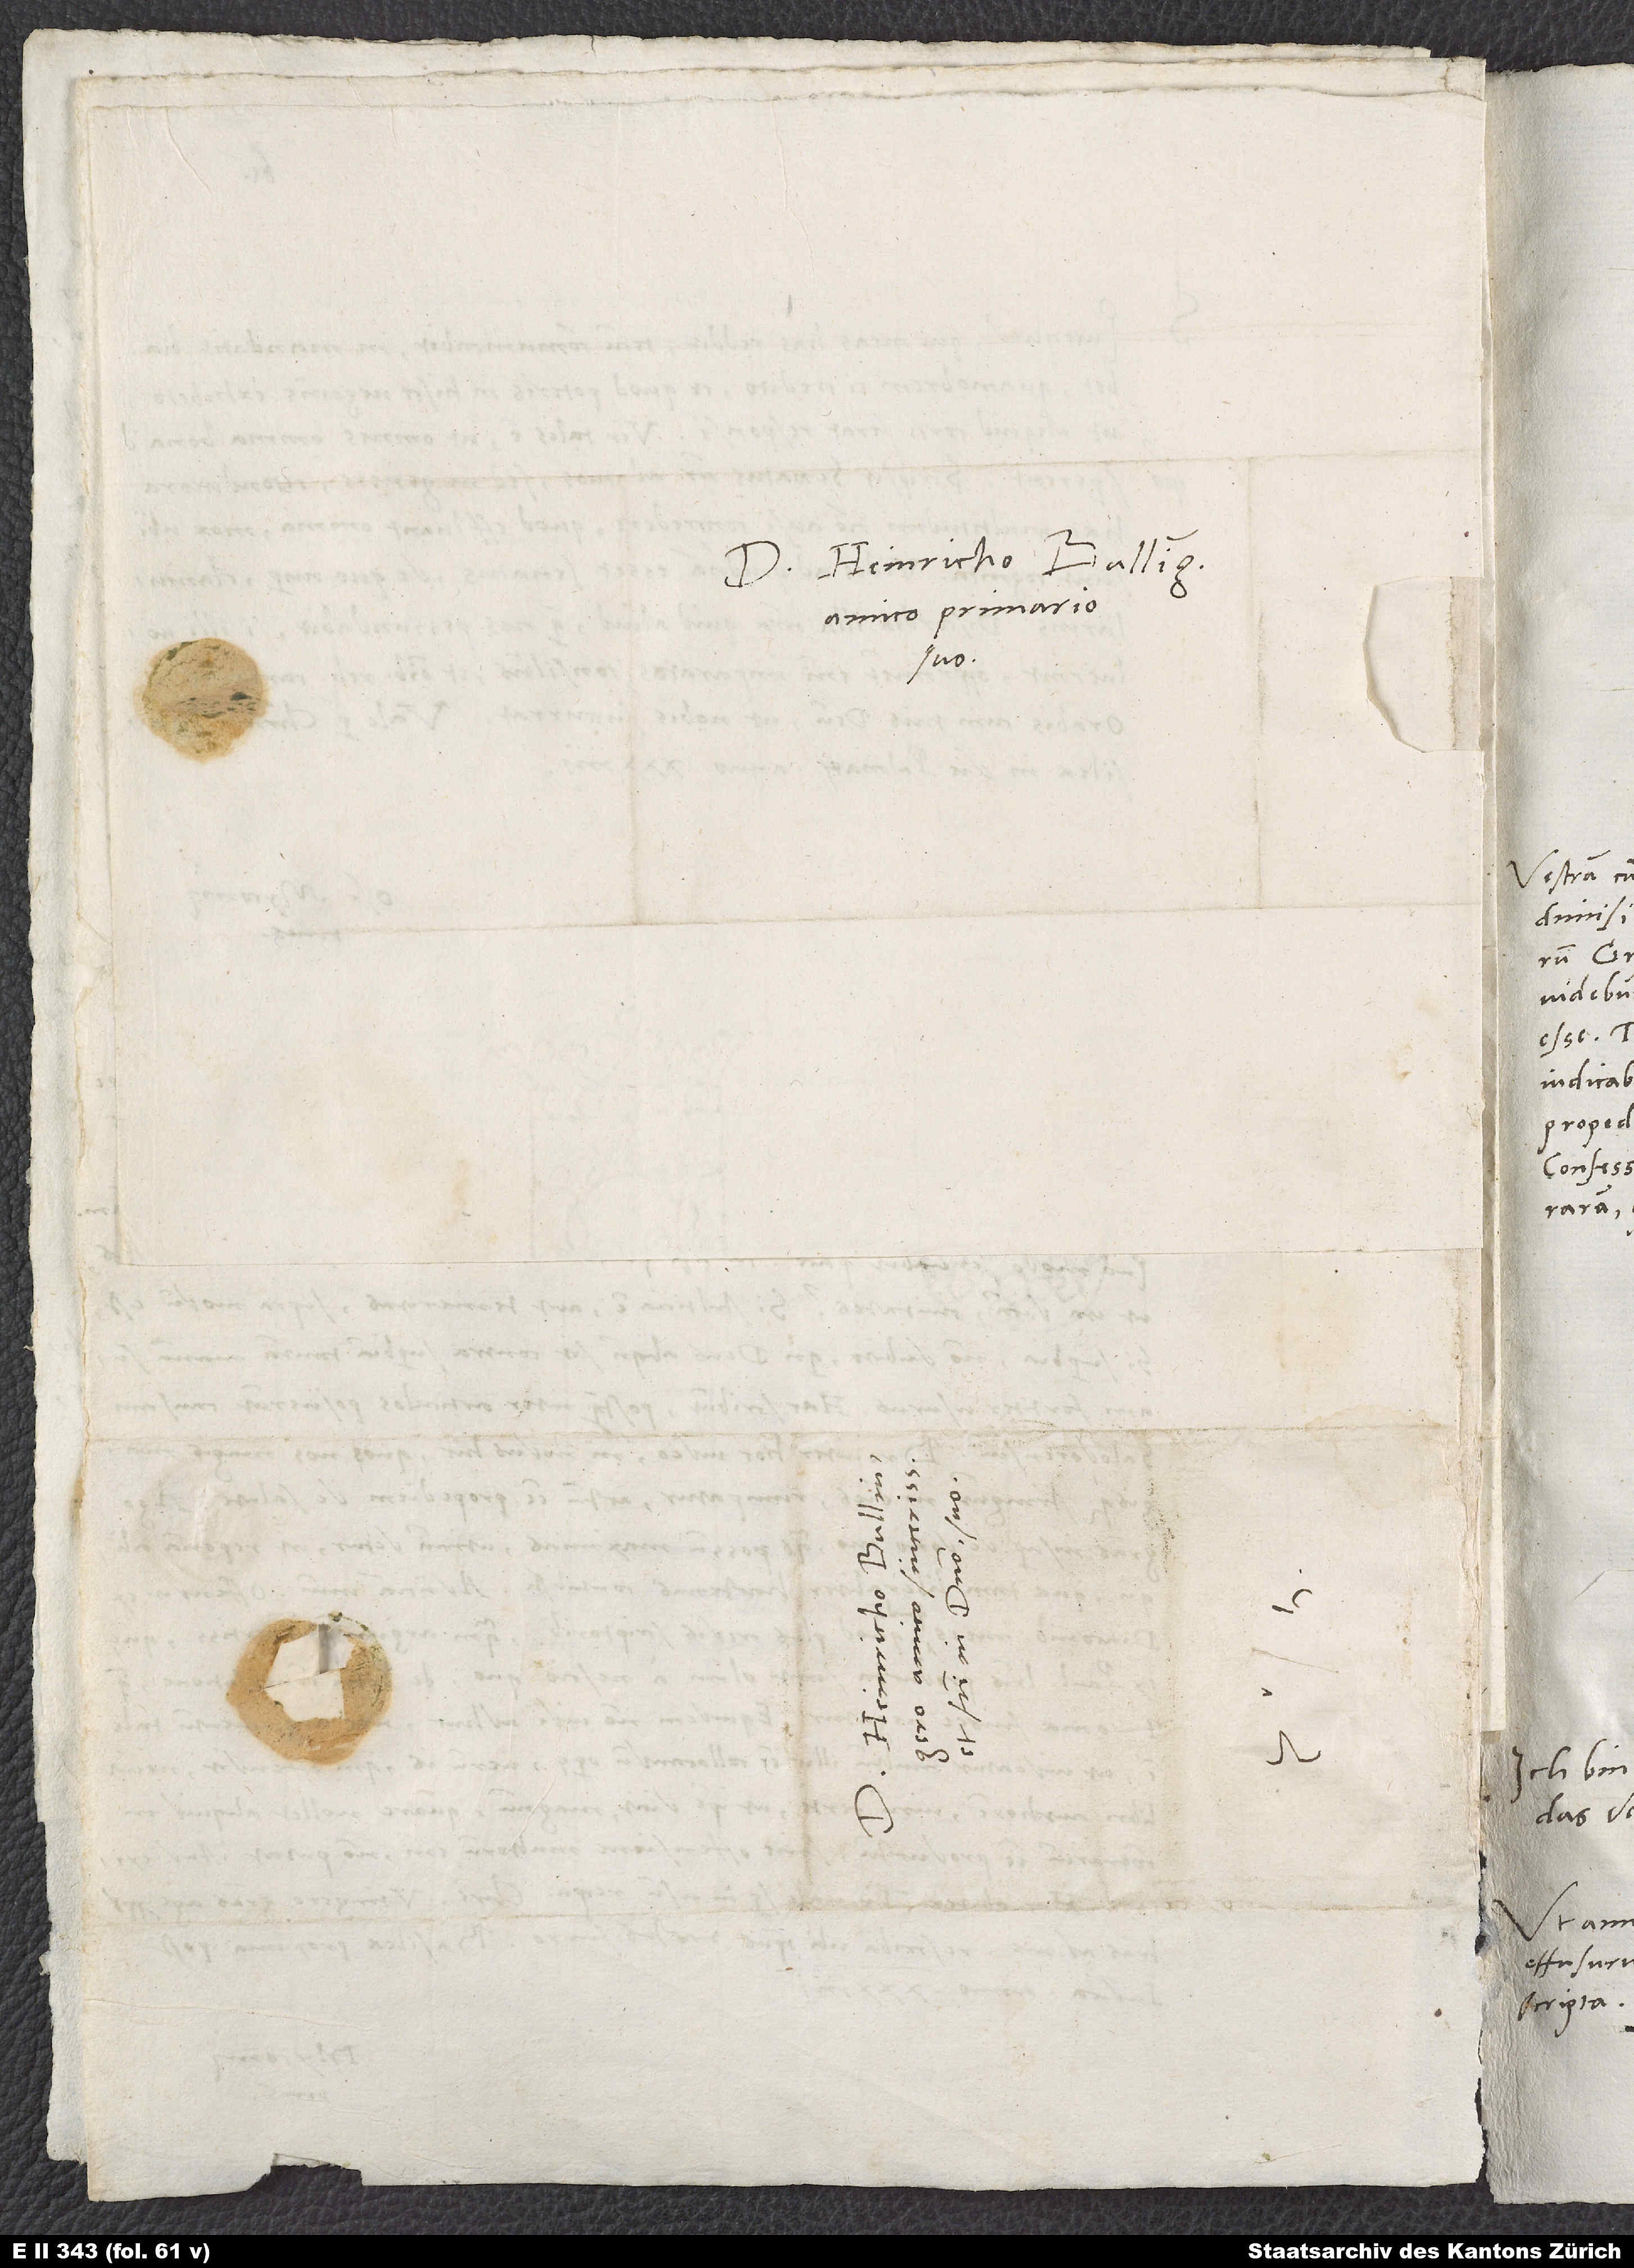
Heinricho Bullingero,
amico primario
suo.
S.